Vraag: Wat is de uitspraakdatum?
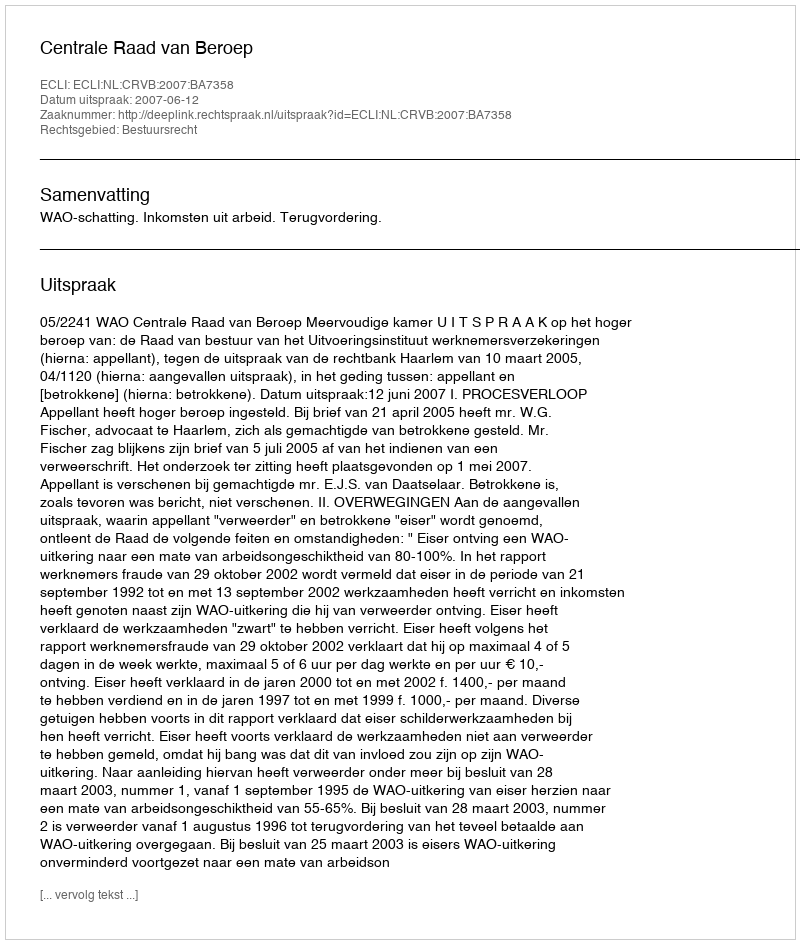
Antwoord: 2007-06-12